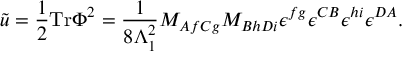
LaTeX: \tilde { u } = \frac { 1 } { 2 } \mathrm { T r } \Phi ^ { 2 } = \frac { 1 } { 8 \Lambda _ { 1 } ^ { 2 } } M _ { A f C g } M _ { B h D i } \epsilon ^ { f g } \epsilon ^ { C B } \epsilon ^ { h i } \epsilon ^ { D A } .